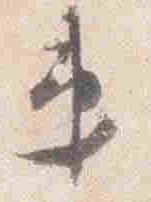
第